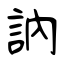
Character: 訥